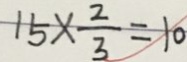
1 5 \times \frac { 2 } { 3 } = 1 0